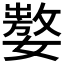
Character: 𰌚